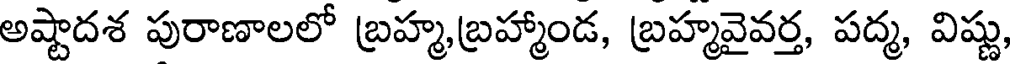
అష్టాదశ పురాణాలలో బ్రహ్మ,బ్రహ్మాండ, బ్రహ్మవైవర్త, పద్మ, విష్ణు,